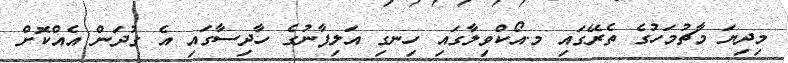
މިދިޔަ މާޗުމަހުގެ ތެރޭގައި މ.އޯކްވިލާގައި ހިނގި އަލިފާނުގެ ހާދިސާގައި އެ ގުދަން އެއްކޮށް